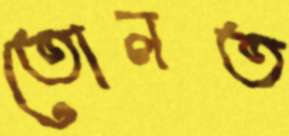
তোলত